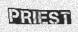
PRIEST